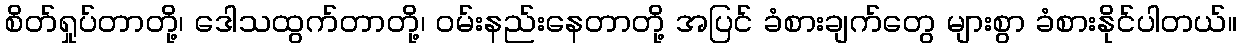
စိတ်ရှုပ်တာတို့၊ ဒေါသထွက်တာတို့၊ ဝမ်းနည်းနေတာတို့ အပြင် ခံစားချက်တွေ များစွာ ခံစားနိုင်ပါတယ်။